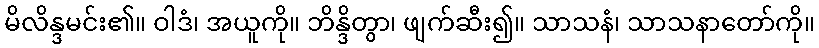
မိလိန္ဒမင်း၏။ ဝါဒံ၊ အယူကို။ ဘိန္ဒိတွာ၊ ဖျက်ဆီး၍။ သာသနံ၊ သာသနာတော်ကို။